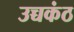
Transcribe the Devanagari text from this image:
उच्चकंठ